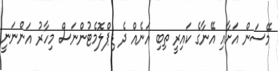
މޭސަން އަށާއި އޭނާގެ ކައިރީ ތިބި އަނެއް ދެ ޑިޕްލޮމެޓުންނަސް މިހާރު އަންނަނީ